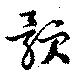
顥